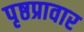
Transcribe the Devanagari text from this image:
पृष्ठप्रावार